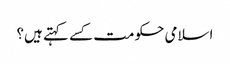
اسلامی حکومت کسے کہتے ہیں؟